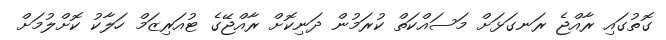
ގޮތުގައި ރާއްޖެ ރަނގަޅަށް މަސައްކަތް ކުރަމުން ދަނިކޮށް ރާއްޖޭގެ ޓުއަރިޒަމް ހަލާކު ކޮށްލުމަށް